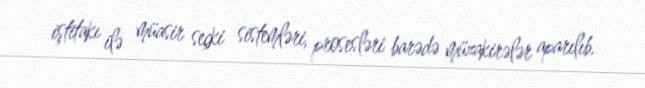
iştitakı ilə müasir seçki sistemləri, prosesləri barədə müzakirələr aparılıb.